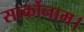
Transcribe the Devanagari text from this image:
सार्कोनाम।